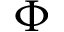
\Phi